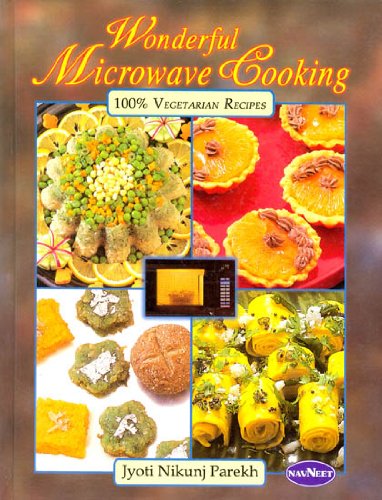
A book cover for Wonderful Microwave Cooking (100% Vegetarian Recipes); Jyoti Nikunj Parekh; Cookbooks, Food & Wine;